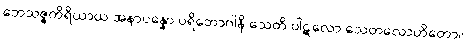
ဘေသဇ္ဇကိရိယာယ အနာပန္နော ပရိဘောဂါနိ သေတိ ပါဋလော သေတလောဟိတော။